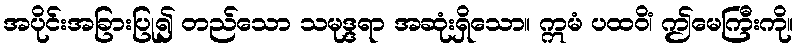
အပိုင်းအခြားပြု၍ တည်သော သမုဒ္ဒရာ အဆုံးရှိသော။ ဣမံ ပထဝိံ၊ ဤမေကြီးကို။